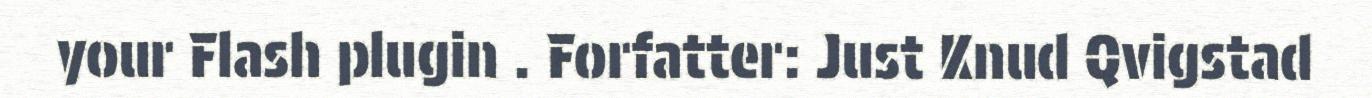
your Flash plugin . Forfatter: Just Knud Qvigstad